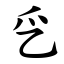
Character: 㐍